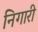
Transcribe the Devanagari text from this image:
निगारी